Annual report of the Punjab Veterinary College and of the Civil Veterinary Department, Punjab - 1920-1925
Year: 1920
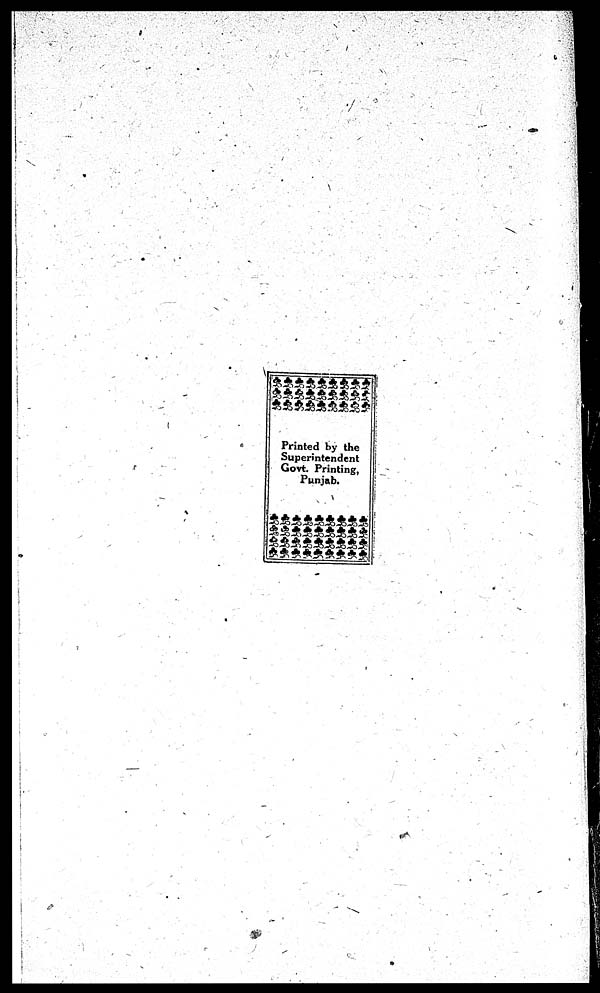
Printed by the
Superintendent
Govt. Printing,
Punjab.